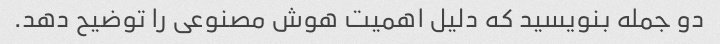
دو جمله بنویسید که دلیل اهمیت هوش مصنوعی را توضیح دهد.